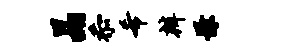
晶忝希辨慊